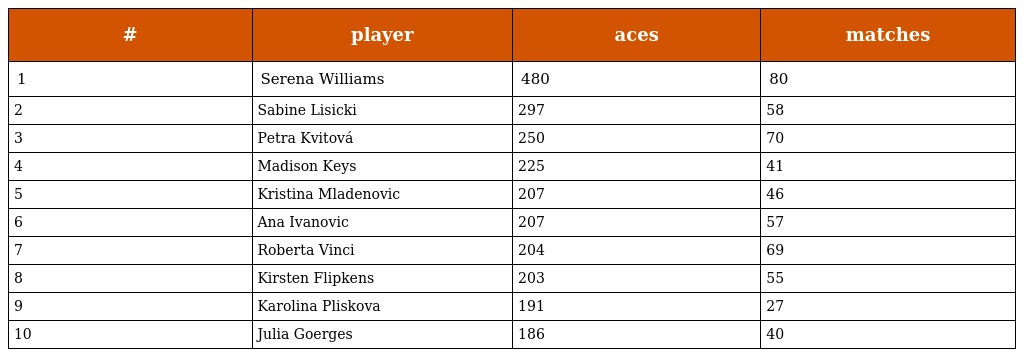
| # | player | aces | matches |
 | --- | --- | --- | --- |
 | 1 | Serena Williams | 480 | 80 |
 | 2 | Sabine Lisicki | 297 | 58 |
 | 3 | Petra Kvitová | 250 | 70 |
 | 4 | Madison Keys | 225 | 41 |
 | 5 | Kristina Mladenovic | 207 | 46 |
 | 6 | Ana Ivanovic | 207 | 57 |
 | 7 | Roberta Vinci | 204 | 69 |
 | 8 | Kirsten Flipkens | 203 | 55 |
 | 9 | Karolina Pliskova | 191 | 27 |
 | 10 | Julia Goerges | 186 | 40 |